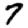
Digit: 7